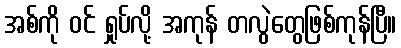
အစ်ကို ဝင် ရှုပ်လို့ အကုန် တလွဲတွေဖြစ်ကုန်ပြီ။